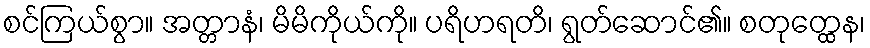
စင်ကြယ်စွာ။ အတ္တာနံ၊ မိမိကိုယ်ကို။ ပရိဟရတိ၊ ရွတ်ဆောင်၏။ စတုတ္ထေန၊